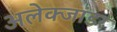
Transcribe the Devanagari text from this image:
अलेक्जांडर